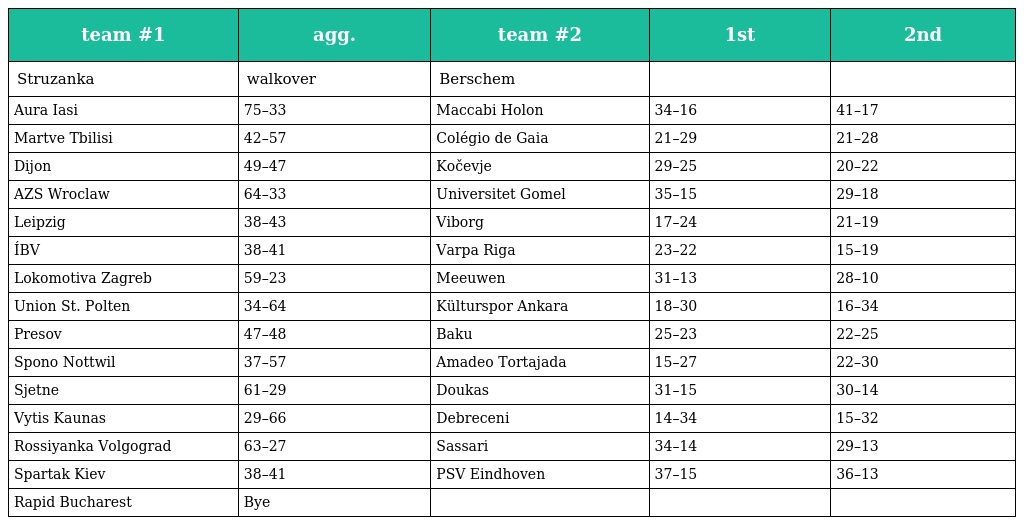
| team #1 | agg. | team #2 | 1st | 2nd |
 | --- | --- | --- | --- | --- |
 | Struzanka | walkover | Berschem |  |  |
 | Aura Iasi | 75–33 | Maccabi Holon | 34–16 | 41–17 |
 | Martve Tbilisi | 42–57 | Colégio de Gaia | 21–29 | 21–28 |
 | Dijon | 49–47 | Kočevje | 29–25 | 20–22 |
 | AZS Wroclaw | 64–33 | Universitet Gomel | 35–15 | 29–18 |
 | Leipzig | 38–43 | Viborg | 17–24 | 21–19 |
 | ÍBV | 38–41 | Varpa Riga | 23–22 | 15–19 |
 | Lokomotiva Zagreb | 59–23 | Meeuwen | 31–13 | 28–10 |
 | Union St. Polten | 34–64 | Külturspor Ankara | 18–30 | 16–34 |
 | Presov | 47–48 | Baku | 25–23 | 22–25 |
 | Spono Nottwil | 37–57 | Amadeo Tortajada | 15–27 | 22–30 |
 | Sjetne | 61–29 | Doukas | 31–15 | 30–14 |
 | Vytis Kaunas | 29–66 | Debreceni | 14–34 | 15–32 |
 | Rossiyanka Volgograd | 63–27 | Sassari | 34–14 | 29–13 |
 | Spartak Kiev | 38–41 | PSV Eindhoven | 37–15 | 36–13 |
 | Rapid Bucharest | Bye |  |  |  |